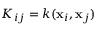
K _ { i j } = k ( \mathbf { x } _ { i } , \mathbf { x } _ { j } )